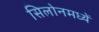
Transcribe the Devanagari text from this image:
सिलोनमध्यें